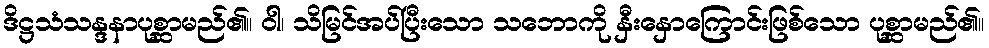
ဒိဋ္ဌသံသန္ဒနာပုစ္ဆာမည်၏။ ဝါ၊ သိမြင်အပ်ပြီးသော သဘောကို နှီးနှောကြောင်းဖြစ်သော ပုစ္ဆာမည်၏။